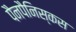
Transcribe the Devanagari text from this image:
पैनपैनिस्कस